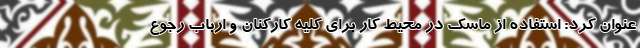
عنوان کرد: استفاده از ماسک در محیط کار برای کلیه کارکنان و ارباب رجوع